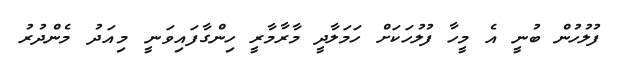
ފުލުހުން ބުނީ އެ މީހާ ފުލުހަކަށް ހަމަލާދީ މާރާމާރީ ހިންގާފައިވަނީ މިއަދު މެންދުރު